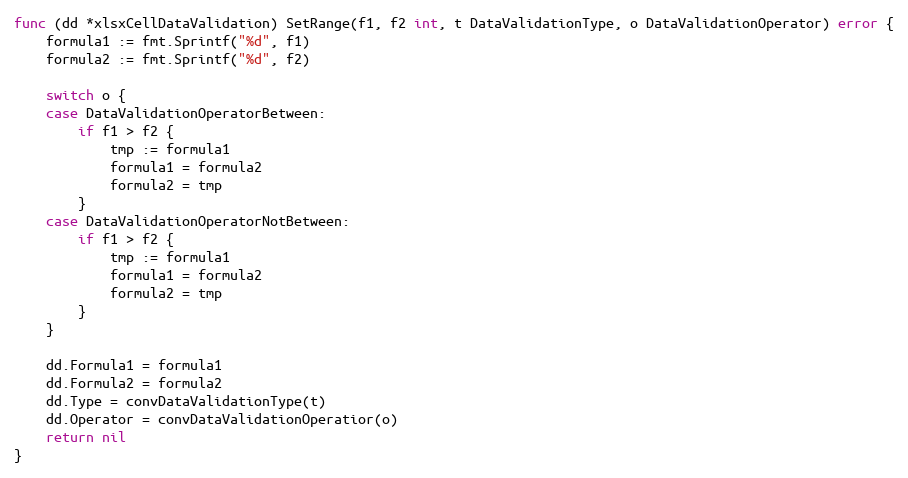
Language: Go
func (dd *xlsxCellDataValidation) SetRange(f1, f2 int, t DataValidationType, o DataValidationOperator) error {
	formula1 := fmt.Sprintf("%d", f1)
	formula2 := fmt.Sprintf("%d", f2)

	switch o {
	case DataValidationOperatorBetween:
		if f1 > f2 {
			tmp := formula1
			formula1 = formula2
			formula2 = tmp
		}
	case DataValidationOperatorNotBetween:
		if f1 > f2 {
			tmp := formula1
			formula1 = formula2
			formula2 = tmp
		}
	}

	dd.Formula1 = formula1
	dd.Formula2 = formula2
	dd.Type = convDataValidationType(t)
	dd.Operator = convDataValidationOperatior(o)
	return nil
}